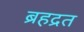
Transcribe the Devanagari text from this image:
ब्रहद्रत